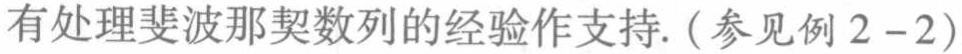
有处理斐波那契数列的经验作支持. (参见例 \(2 - 2\))